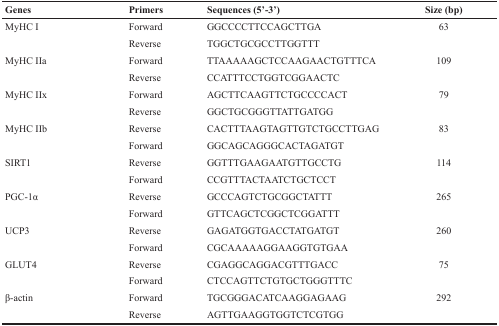
<table><thead><tr><td><b>Genes</b></td><td><b>Primers</b></td><td><b>Sequences (5’-3’)</b></td><td><b>Size (bp)</b></td></tr></thead><tbody><tr><td>MyHC I</td><td>Forward</td><td>GGCCCCTTCCAGCTTGA</td><td>63</td></tr><tr><td></td><td>Reverse</td><td>TGGCTGCGCCTTGGTTT</td><td></td></tr><tr><td>MyHC IIa</td><td>Forward</td><td>TTAAAAAGCTCCAAGAACTGTTTCA</td><td>109</td></tr><tr><td></td><td>Reverse</td><td>CCATTTCCTGGTCGGAACTC</td><td></td></tr><tr><td>MyHC IIx</td><td>Forward</td><td>AGCTTCAAGTTCTGCCCCACT</td><td>79</td></tr><tr><td></td><td>Reverse</td><td>GGCTGCGGGTTATTGATGG</td><td></td></tr><tr><td>MyHC IIb</td><td>Reverse</td><td>CACTTTAAGTAGTTGTCTGCCTTGAG</td><td>83</td></tr><tr><td></td><td>Forward</td><td>GGCAGCAGGGCACTAGATGT</td><td></td></tr><tr><td>SIRT1</td><td>Reverse</td><td>GGTTTGAAGAATGTTGCCTG</td><td>114</td></tr><tr><td></td><td>Forward</td><td>CCGTTTACTAATCTGCTCCT</td><td></td></tr><tr><td>PGC-1α</td><td>Reverse</td><td>GCCCAGTCTGCGGCTATTT</td><td>265</td></tr><tr><td></td><td>Forward</td><td>GTTCAGCTCGGCTCGGATTT</td><td></td></tr><tr><td>UCP3</td><td>Reverse</td><td>GAGATGGTGACCTATGATGT</td><td>260</td></tr><tr><td></td><td>Forward</td><td>CGCAAAAAGGAAGGTGTGAA</td><td></td></tr><tr><td>GLUT4</td><td>Reverse</td><td>CGAGGCAGGACGTTTGACC</td><td>75</td></tr><tr><td></td><td>Forward</td><td>CTCCAGTTCTGTGCTGGGTTTC</td><td></td></tr><tr><td>β-actin</td><td>Forward</td><td>TGCGGGACATCAAGGAGAAG</td><td>292</td></tr><tr><td></td><td>Reverse</td><td>AGTTGAAGGTGGTCTCGTGG</td><td></td></tr></tbody></table>